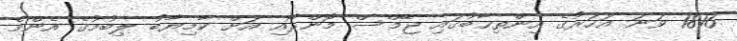
1816 ވަނަ އަހަރުގެ އިންތިޚާބުގައި ޖޭމްސް މޮންރޯއި އަށް ކާމިޔާބު ލިބުމުގެ އެންމެ